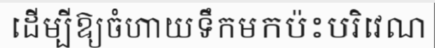
ដើម្បីឱ្យចំហាយទឹកមកប៉ះបរិវេណ